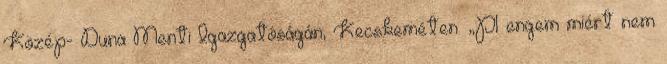
Közép- Duna Menti Igazgatóságán, Kecskeméten. „Pl engem miért nem